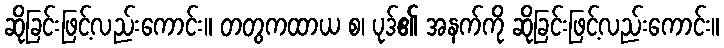
ဆိုခြင်းဖြင့်လည်းကောင်း။ တတွကထာယ စ၊ ပုဒ်၏ အနက်ကို ဆိုခြင်းဖြင့်လည်းကောင်း။